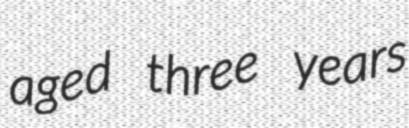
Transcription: aged three years